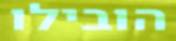
הובילו